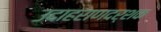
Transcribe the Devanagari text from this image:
उदाहराणदर्शक